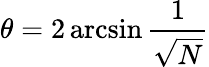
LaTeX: \theta=2\arcsin{\frac{1}{\sqrt{N}}}